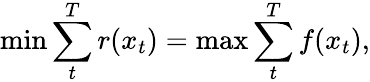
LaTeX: \operatorname*{min}\sum_{t}^{T}r(x_{t})=\operatorname*{max}\sum_{t}^{T}f(x_{t}),